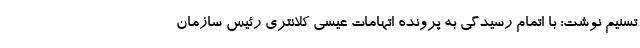
تسنیم نوشت: با اتمام رسیدگی به پرونده اتهامات عیسی کلانتری رئیس سازمان